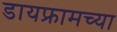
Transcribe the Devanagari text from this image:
डायफ्रामच्या